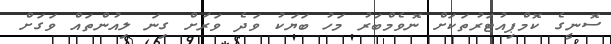
ސޮނީގެ ކޮމްޕިއުޓަރުތަކަށް ނޮވެމްބަރު މަހު ބަޔަކު ވަދެ ވަރަށް ގިނަ ލިއުންތައް ވަގަށް